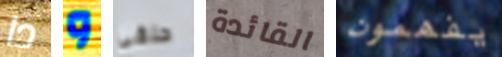
دا و حلقي القائدة يفهمون